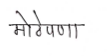
मजकूर: मोठेपणा